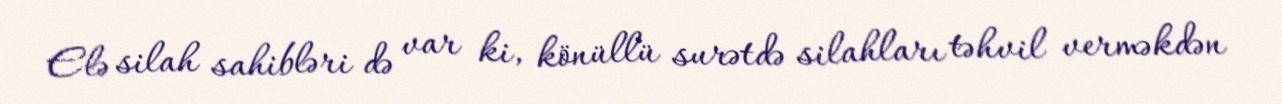
Elə silah sahibləri də var ki, könüllü surətdə silahları təhvil verməkdən